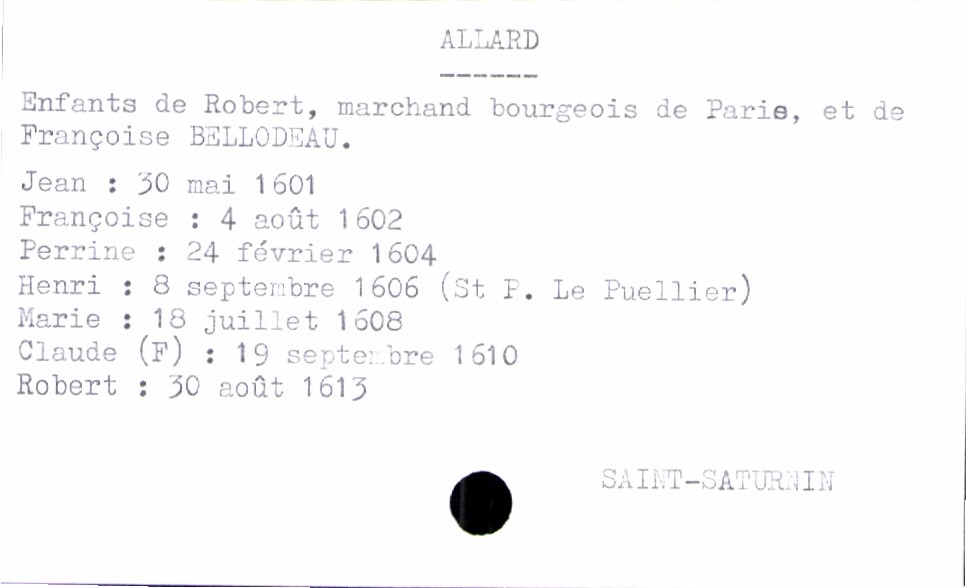
type_acte: Baptême
paroisse: Saint-Saturnin
filiation: fils
enfant_prénom: Robert
enfant_date_de_naissance: 30 août 1613
enfant_lieu_de_naissance: Saint-Saturnin
père_enfant_nom: Allard
père_enfant_prénom: Robert
père_enfant_profession: marchand bourgeois de Paris
mère_enfant_nom: Bellodeau
mère_enfant_prénom: Françoise